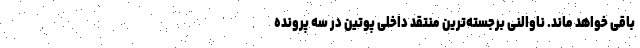
باقی خواهد ماند. ناوالنی برجسته‌ترین منتقد داخلی پوتین در سه پرونده